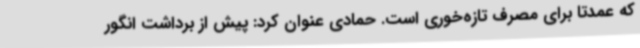
که عمدتا برای مصرف تازه‌خوری است. حمادی عنوان کرد: پیش از برداشت انگور